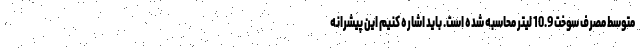
متوسط مصرف سوخت 10.9 لیتر محاسبه شده است. باید اشاره کنیم این پیشرانه